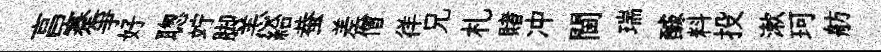
亯蹇爭好聦竚脚恙給蛬差僧徉兄札賭冲閫瑞醵料投漱珂舫